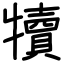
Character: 犢